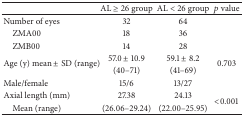
<table><thead><tr><td><b> </b></td><td><b>AL ≥ 26 group</b></td><td><b>AL &lt; 26 group</b></td><td><b><i>p</i> value</b></td></tr></thead><tbody><tr><td>Number of eyes</td><td>32</td><td>64</td><td> </td></tr><tr><td> ZMA00</td><td>18</td><td>36</td><td> </td></tr><tr><td> ZMB00</td><td>14</td><td>28</td><td> </td></tr><tr><td rowspan="2">Age (y) mean ± SD (range)</td><td>57.0 ± 10.9</td><td>59.1 ± 8.2</td><td rowspan="2">0.703</td></tr><tr><td>(40–71)</td><td>(41–69)</td></tr><tr><td>Male/female</td><td>15/6</td><td>13/27</td><td> </td></tr><tr><td>Axial length (mm)</td><td>27.38</td><td>24.13</td><td rowspan="2">&lt;0.001</td></tr><tr><td> Mean (range) </td><td>(26.06–29.24)</td><td>(22.00–25.95)</td></tr></tbody></table>